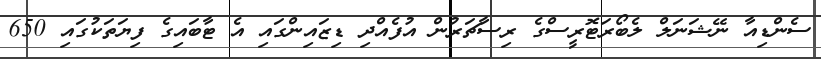
ސެންޑިއާ ނޭޝަނަލް ލެބޯރަޓޮރީސްގެ ރިސާޗަރުން އުފެއްދި ޑިޒައިންގައި އެ ޓާބައިގެ ފިޔަތަކުގައި 650